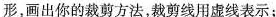
形，画出你的裁剪方法，裁剪线用虚线表示；